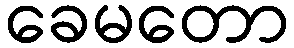
ခေမတော